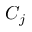
C _ { j }